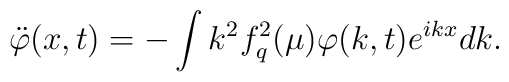
\ddot \varphi (x,t)=-\int k^{2}f_{q}^{2}(\mu )\varphi (k,t)e^{ikx}dk.